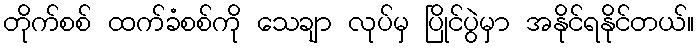
တိုက်စစ် ထက်ခံစစ်ကို သေချာ လုပ်မှ ပြိုင်ပွဲမှာ အနိုင်ရနိုင်တယ်။